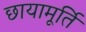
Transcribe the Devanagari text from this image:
छायामूर्ति